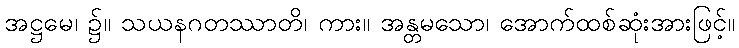
အဋ္ဌမေ၊ ၌။ သယနဂတဿာတိ၊ ကား။ အန္တမသော၊ အောက်ထစ်ဆုံးအားဖြင့်။